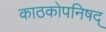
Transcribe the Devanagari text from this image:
काठकोपनिषद्